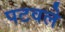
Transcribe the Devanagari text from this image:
पटवले